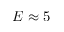
E \approx 5